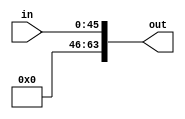
module extend_46to64(input [45:0] in, output [63:0] out);
	assign out[45:0] = in;
	assign out[63:46] = 18'd0;
endmodule